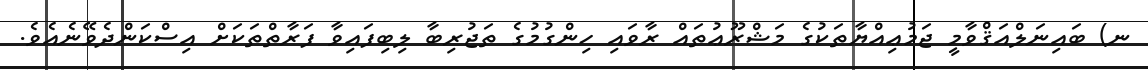
ނ) ބައިނަލްއަޤްވާމީ ޖަމުޢިއްޔާތަކުގެ މަޝްރޫޢުތައް ރާވައި ހިންގުމުގެ ތަޖުރިބާ ލިބިފައިވާ ފަރާތްތަކަށް އިސްކަންދެވޭނެއެވެ.